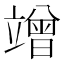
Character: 竲